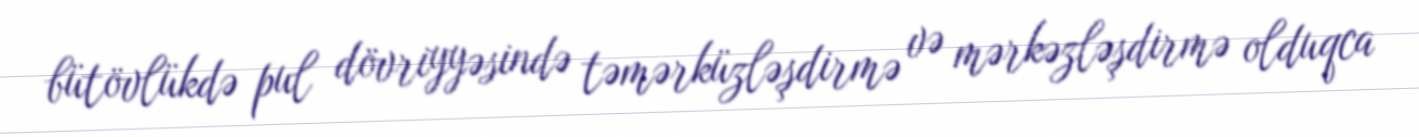
bütövlükdə pul dövriyyəsində təmərküzləşdirmə və mərkəzləşdirmə olduqca